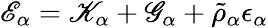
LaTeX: \mathscr{E}_{\alpha}=\mathscr{K}_{\alpha}+\mathscr{G}_{\alpha}+\tilde{\rho}_{\alpha}\epsilon_{\alpha}